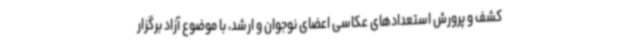
کشف و پرورش استعدادهای عکاسی اعضای نوجوان و ارشد، با موضوع آزاد برگزار